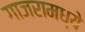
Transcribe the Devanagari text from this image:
गाजरामध्ये